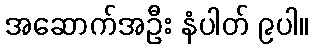
အဆောက်အဦး နံပါတ် ၉ပါ။